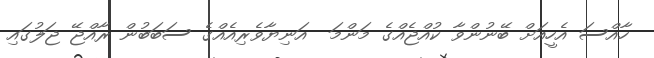
ހާއްސަ އެހީއަށް ބޭނުންވާ ކުއްޖެއްގެ މަންމަ  އަނިޔާވެރިއެއްގެ ސަބަބުން ރާއްޖޭ ޖަލުގައި